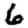
Digit: 6